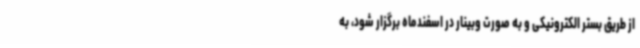
از طریق بستر الکترونیکی و به صورت وبینار در اسفندماه برگزار شود، به